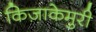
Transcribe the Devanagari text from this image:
किज़ाकेमुरी